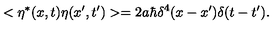
< \eta ^ { * } ( x , t ) \eta ( x ^ { \prime } , t ^ { \prime } ) > = 2 a \hbar \delta ^ { 4 } ( x - x ^ { \prime } ) \delta ( t - t ^ { \prime } ) .